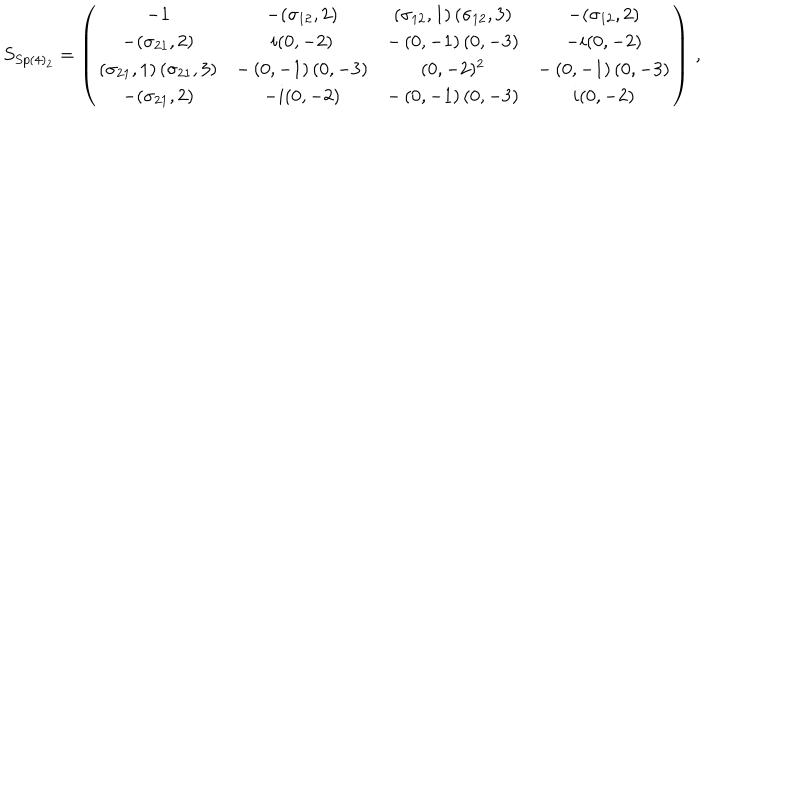
LaTeX: S _ { S p ( 4 ) _ { 2 } } = \left( \begin{array} { c c c c } { { - 1 } } & { { - ( \sigma _ { 1 2 } , 2 ) } } & { { \left( \sigma _ { 1 2 } , 1 \right) \left( \sigma _ { 1 2 } , 3 \right) } } & { { - ( \sigma _ { 1 2 } , 2 ) } } \\ { { - ( \sigma _ { 2 1 } , 2 ) } } & { { i ( 0 , - 2 ) } } & { { - \left( 0 , - 1 \right) \left( 0 , - 3 \right) } } & { { - i ( 0 , - 2 ) } } \\ { { \left( \sigma _ { 2 1 } , 1 \right) \left( \sigma _ { 2 1 } , 3 \right) } } & { { - \left( 0 , - 1 \right) \left( 0 , - 3 \right) } } & { { ( 0 , - 2 ) ^ { 2 } } } & { { - \left( 0 , - 1 \right) \left( 0 , - 3 \right) } } \\ { { - ( \sigma _ { 2 1 } , 2 ) } } & { { - i ( 0 , - 2 ) } } & { { - \left( 0 , - 1 \right) \left( 0 , - 3 \right) } } & { { i ( 0 , - 2 ) } } \\ \end{array} \right) \, ,